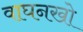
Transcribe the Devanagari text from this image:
वाघनखो